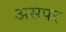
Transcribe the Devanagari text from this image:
असपर